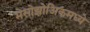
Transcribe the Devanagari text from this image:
मेसोझोअिकमध्ये